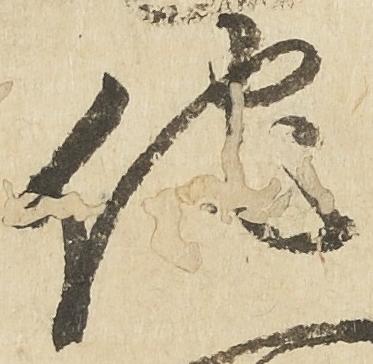
他